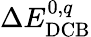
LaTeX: \Delta E_{\mathrm{DCB}}^{0,q}